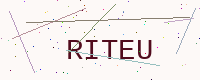
Text: RITEU